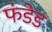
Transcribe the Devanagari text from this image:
फंडेड